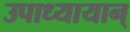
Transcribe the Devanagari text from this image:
उपाध्यायान्‌